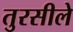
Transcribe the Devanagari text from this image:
तुरसीले